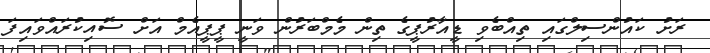
ރަށު ކައުންސިލްގައި ތިއްބެވި ޑީއާރުޕީގެ ތިން މެމްބަރުން ވަނީ ޕީޕީއެމް އަށް ސޮއިކުރައްވައިފަ